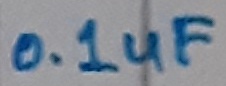
Text: 0.1uF